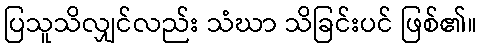
ပြသူသိလျှင်လည်း သံဃာ သိခြင်းပင် ဖြစ်၏။